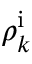
\rho _ { k } ^ { \mathrm i }